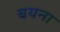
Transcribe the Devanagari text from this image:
बयना